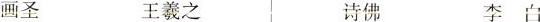
画圣 王羲之 诗佛 李白